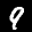
Label: 9